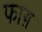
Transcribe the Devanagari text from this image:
फाग़